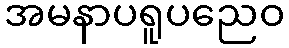
အမနာပရူပညေဝ